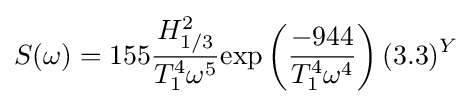
S(\omega )=155{\frac {H_{1/3}^{2}}{T_{1}^{4}\omega ^{5}}}\mathrm {exp} \left({\frac {-944}{T_{1}^{4}\omega ^{4}}}\right)(3.3)^{Y}